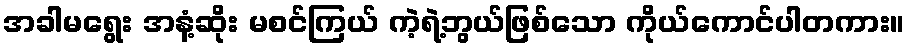
အခါမရွေး အနံ့ဆိုး မစင်ကြယ် ကဲ့ရဲ့ဘွယ်ဖြစ်သော ကိုယ်ကောင်ပါတကား။